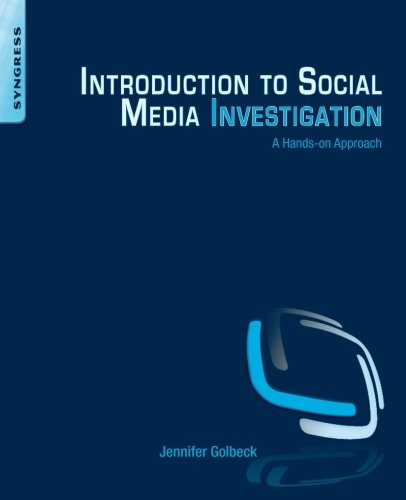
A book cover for Introduction to Social Media Investigation: A Hands-on Approach; Jennifer Golbeck; Computers & Technology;